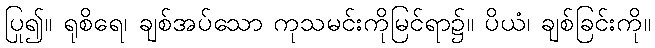
ပြု၍။ ရုစိရေ၊ ချစ်အပ်သော ကုသမင်းကိုမြင်ရာ၌။ ပိယံ၊ ချစ်ခြင်းကို။